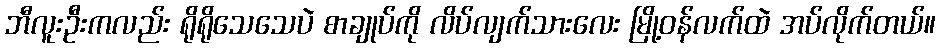
ဘီလူးဦးကလည်း ရိုရိုသေသေပဲ စာချုပ်ကို လိပ်လျက်သားလေး မြို့ဝန်လက်ထဲ အပ်လိုက်တယ်။